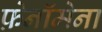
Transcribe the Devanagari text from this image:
फ़ेनॉमेना